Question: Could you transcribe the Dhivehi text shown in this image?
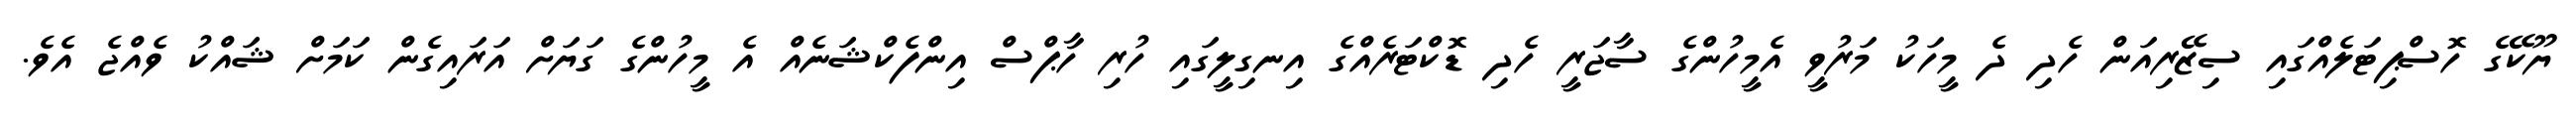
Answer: ޔޫކޭގެ ހޮސްޕިޓަލެއްގައި ސިޒޭރިއަން ހެދި ދެ މީހަކު މަރުވީ އެމީހުންގެ ސާޖަރީ ހެދި ޑޮކްޓަރެއްގެ އިނގިލީގައި ހުރި ހާޕްސް އިންފެކްޝަނެއް އެ މީހުންގެ ގަޔަށް އަރައިގެން ކަމަށް ޝައްކު ވެއްޖެ އެވެ.